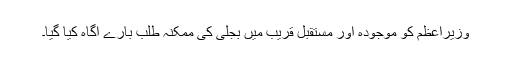
وزیراعظم کو موجودہ اور مستقبل قریب میں بجلی کی ممکنہ طلب بارے آگاہ کیا گیا۔